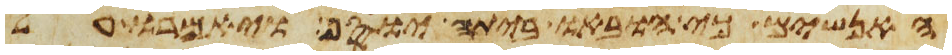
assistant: האנשים כי הובאו ביתה יוסף ויאמרו על